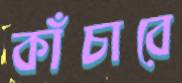
কাঁচাবে